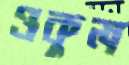
ওকুল